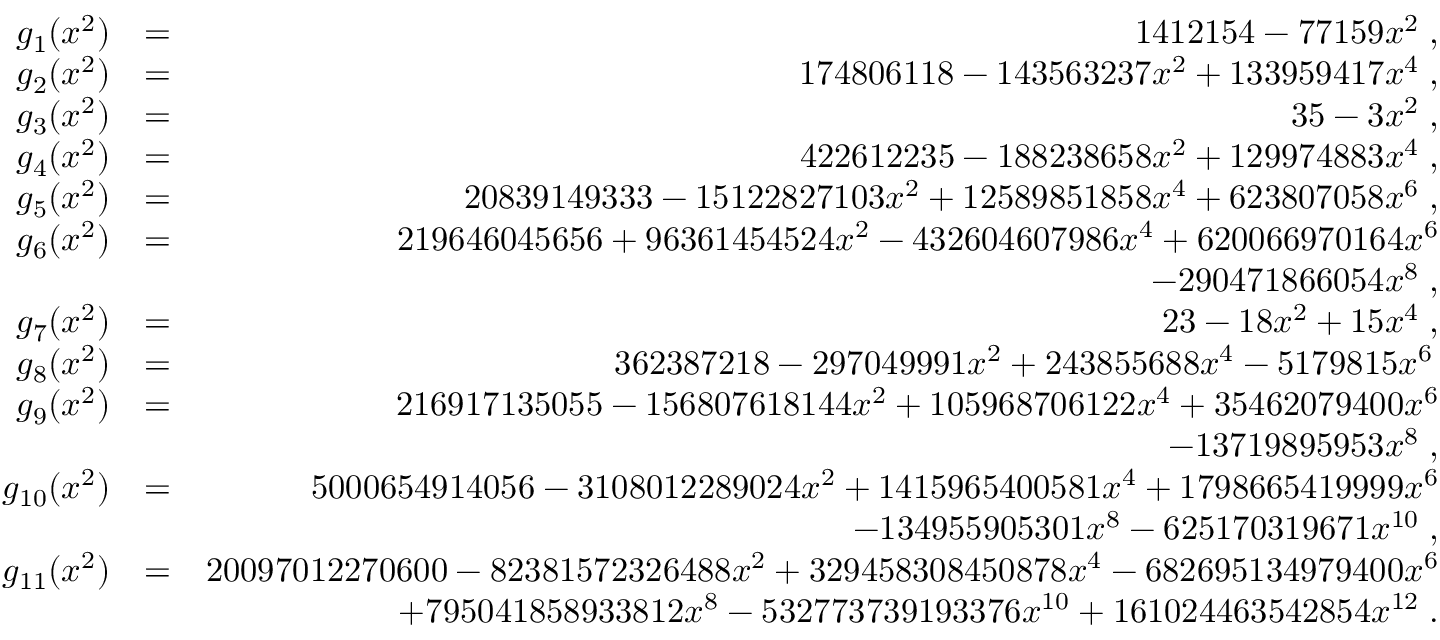
\begin{array} { r l r } { g _ { 1 } ( x ^ { 2 } ) } & { = } & { 1 4 1 2 1 5 4 - 7 7 1 5 9 x ^ { 2 } \; , } \\ { g _ { 2 } ( x ^ { 2 } ) } & { = } & { 1 7 4 8 0 6 1 1 8 - 1 4 3 5 6 3 2 3 7 x ^ { 2 } + 1 3 3 9 5 9 4 1 7 x ^ { 4 } \; , } \\ { g _ { 3 } ( x ^ { 2 } ) } & { = } & { 3 5 - 3 x ^ { 2 } \; , } \\ { g _ { 4 } ( x ^ { 2 } ) } & { = } & { 4 2 2 6 1 2 2 3 5 - 1 8 8 2 3 8 6 5 8 x ^ { 2 } + 1 2 9 9 7 4 8 8 3 x ^ { 4 } \; , } \\ { g _ { 5 } ( x ^ { 2 } ) } & { = } & { 2 0 8 3 9 1 4 9 3 3 3 - 1 5 1 2 2 8 2 7 1 0 3 x ^ { 2 } + 1 2 5 8 9 8 5 1 8 5 8 x ^ { 4 } + 6 2 3 8 0 7 0 5 8 x ^ { 6 } \; , } \\ { g _ { 6 } ( x ^ { 2 } ) } & { = } & { 2 1 9 6 4 6 0 4 5 6 5 6 + 9 6 3 6 1 4 5 4 5 2 4 x ^ { 2 } - 4 3 2 6 0 4 6 0 7 9 8 6 x ^ { 4 } + 6 2 0 0 6 6 9 7 0 1 6 4 x ^ { 6 } } \\ & { } & { - 2 9 0 4 7 1 8 6 6 0 5 4 x ^ { 8 } \; , } \\ { g _ { 7 } ( x ^ { 2 } ) } & { = } & { 2 3 - 1 8 x ^ { 2 } + 1 5 x ^ { 4 } \; , } \\ { g _ { 8 } ( x ^ { 2 } ) } & { = } & { 3 6 2 3 8 7 2 1 8 - 2 9 7 0 4 9 9 9 1 x ^ { 2 } + 2 4 3 8 5 5 6 8 8 x ^ { 4 } - 5 1 7 9 8 1 5 x ^ { 6 } \, } \\ { g _ { 9 } ( x ^ { 2 } ) } & { = } & { 2 1 6 9 1 7 1 3 5 0 5 5 - 1 5 6 8 0 7 6 1 8 1 4 4 x ^ { 2 } + 1 0 5 9 6 8 7 0 6 1 2 2 x ^ { 4 } + 3 5 4 6 2 0 7 9 4 0 0 x ^ { 6 } } \\ & { } & { - 1 3 7 1 9 8 9 5 9 5 3 x ^ { 8 } \; , } \\ { g _ { 1 0 } ( x ^ { 2 } ) } & { = } & { 5 0 0 0 6 5 4 9 1 4 0 5 6 - 3 1 0 8 0 1 2 2 8 9 0 2 4 x ^ { 2 } + 1 4 1 5 9 6 5 4 0 0 5 8 1 x ^ { 4 } + 1 7 9 8 6 6 5 4 1 9 9 9 9 x ^ { 6 } } \\ & { } & { - 1 3 4 9 5 5 9 0 5 3 0 1 x ^ { 8 } - 6 2 5 1 7 0 3 1 9 6 7 1 x ^ { 1 0 } \; , } \\ { g _ { 1 1 } ( x ^ { 2 } ) } & { = } & { 2 0 0 9 7 0 1 2 2 7 0 6 0 0 - 8 2 3 8 1 5 7 2 3 2 6 4 8 8 x ^ { 2 } + 3 2 9 4 5 8 3 0 8 4 5 0 8 7 8 x ^ { 4 } - 6 8 2 6 9 5 1 3 4 9 7 9 4 0 0 x ^ { 6 } } \\ & { } & { + 7 9 5 0 4 1 8 5 8 9 3 3 8 1 2 x ^ { 8 } - 5 3 2 7 7 3 7 3 9 1 9 3 3 7 6 x ^ { 1 0 } + 1 6 1 0 2 4 4 6 3 5 4 2 8 5 4 x ^ { 1 2 } \; . } \end{array}